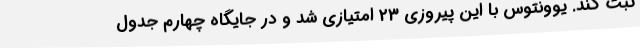
ثبت کند. یوونتوس با این پیروزی 23 امتیازی شد و در جایگاه چهارم جدول